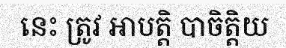
នេះ ត្រូវ អាបត្តិ បាចិត្តិយ